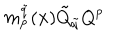
LaTeX: m _ { p } ^ { \tilde { q } } ( { \bf x } ) \tilde { Q } _ { \tilde { q } } Q ^ { p }